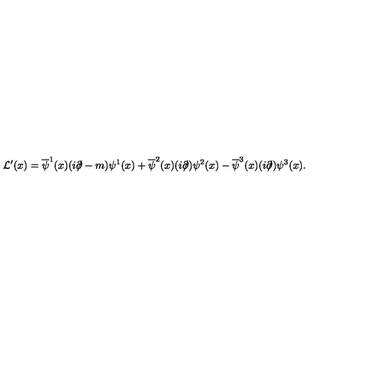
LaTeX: { \cal L } ^ { \prime } ( x ) = \overline { { \psi } } ^ { 1 } ( x ) ( i \partial \! \! \! / - m ) \psi ^ { 1 } ( x ) + \overline { { \psi } } ^ { 2 } ( x ) ( i \partial \! \! \! / ) \psi ^ { 2 } ( x ) - \overline { { \psi } } ^ { 3 } ( x ) ( i \partial \! \! \! / ) \psi ^ { 3 } ( x ) .